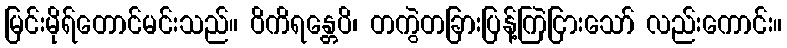
မြင်းမိုရ်တောင်မင်းသည်။ ဝိကိရန္တေပိ၊ တကွဲတခြားပြန့်ကြဲငြားသော် လည်းကောင်း။